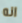
انه